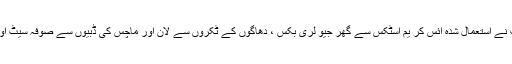
ننھی طالبات نے استعمال شدہ آئس کر یم اسٹکس سے گھر جیو لری بکس ، دھاگوں کے ٹکروں سے لان اور ماچس کی ڈبیوں سے صوفہ سیٹ اور بیڈ بنائے۔